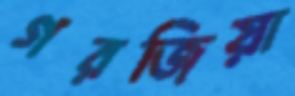
গরজিয়া